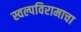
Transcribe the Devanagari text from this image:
स्वल्पविरामाचा